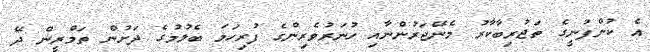
އެ ކުންފުނީގެ ތަޖުރިބާކާރު މެނޭޖަރުންނާއި ހުނަރުވެރިންގެ ފުރިހަމަ ބެލުމުގެ ދަށުން ތަމްރީން ދޭ